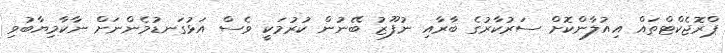
ޕްރޮޖެކްޓްތައް އިއުލާންކޮށް ސަރުކާރުގެ ބާރާއި ނުފޫޒު ބޭނުން ކުރުމަކީ ވެސް އަޅުގަނޑުމެންނަށް ނާކާމިޔާބުވި